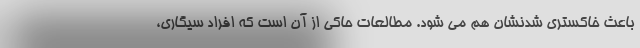
باعث خاکستری شدنشان هم می شود. مطالعات حاکی از آن است که افراد سیگاری،